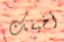
أخيفك